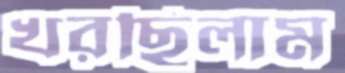
খরছিলাম